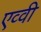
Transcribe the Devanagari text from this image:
एव्वी